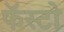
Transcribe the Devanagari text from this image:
फॅस्टो